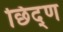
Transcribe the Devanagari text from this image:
छिद्ण